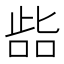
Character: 啙